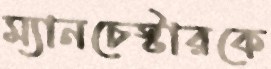
ম্যানচেস্টারকে